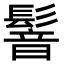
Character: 𩮋